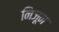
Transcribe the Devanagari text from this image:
निजून